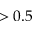
> 0 . 5